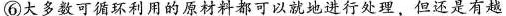
⑥大多数可循环利用的原材料都可以就地进行处理，但还是有越